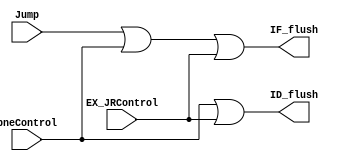
module DiscardInstruction(Jump, bneControl, EX_JRControl, IF_flush, ID_flush);
	input Jump; //  Jump includes J, JAL.
	input bneControl;
	input EX_JRControl;
	output IF_flush;
	output ID_flush;

	assign IF_flush = Jump || bneControl || EX_JRControl;
	assign ID_flush = bneControl || EX_JRControl;
endmodule